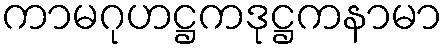
ကာမဂုဟဋ္ဌကဒုဋ္ဌကနာမာ